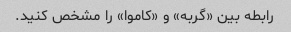
رابطه بین «گربه» و «کاموا» را مشخص کنید.